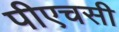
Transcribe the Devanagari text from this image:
पीएचसी